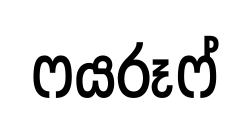
ෆයරූෆ්